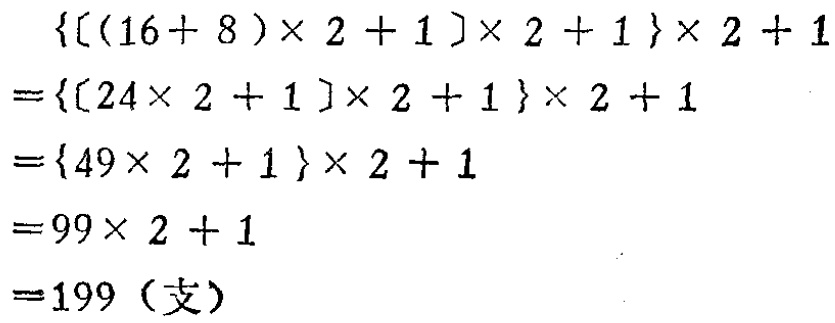
\[

\begin{align*}

\{[(16 + 8)\times2+1]\times2 + 1\}\times2+1&=\{[24\times2 + 1]\times2+1\}\times2+1\\

&=\{49\times2+1\}\times2+1\\

&=99\times2+1\\

&=199 (\text{支})

\end{align*}

\]